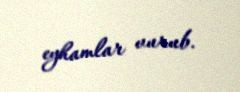
eyhamlar vurub.